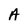
Character: A